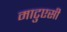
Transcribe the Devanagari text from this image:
माटुएसी